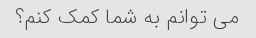
می توانم به شما کمک کنم؟